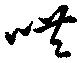
哄